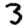
Digit: 3